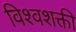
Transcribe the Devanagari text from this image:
विश्वशक्ती